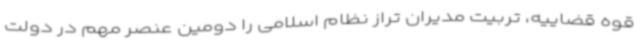
قوه قضاییه، تربیت مدیران تراز نظام اسلامی را دومین عنصر مهم در دولت